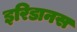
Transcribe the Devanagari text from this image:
इरिडानस